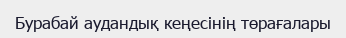
Бурабай аудандық кеңесінің төрағалары